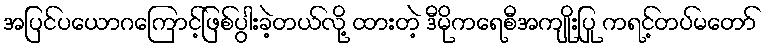
အပြင်ပယောဂကြောင့်ဖြစ်ပွါးခဲ့တယ်လို့ ထားတဲ့ ဒီမိုကရေစီအကျိုးပြု ကရင့်တပ်မတော်